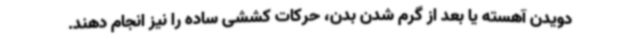
دویدن آهسته یا بعد از گرم شدن بدن، حرکات کششی ساده را نیز انجام دهند.